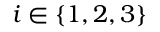
i \in \{ 1 , 2 , 3 \}